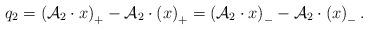
LaTeX: \begin{align*} q_{2}=\left ( \mathcal{A}_{2}\cdot x \right )_{+} - \mathcal{A}_{2} \cdot\left ( x \right )_{+}=\left ( \mathcal{A}_{2}\cdot x \right )_{-} - \mathcal{A}_{2} \cdot\left ( x \right )_{-}. \end{align*}